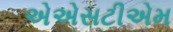
એએસટીએમ